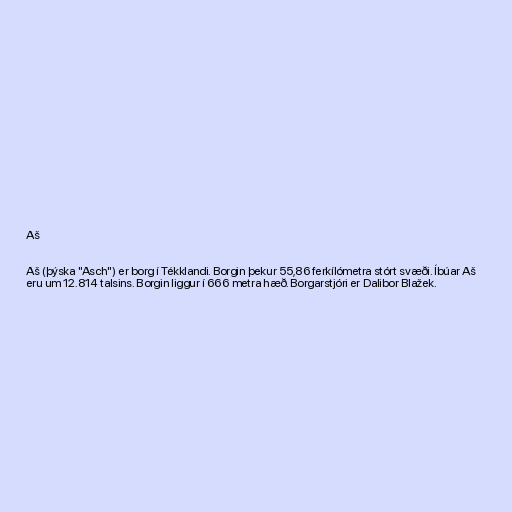
Aš

Aš (þýska "Asch") er borg í Tékklandi. Borgin þekur 55,86 ferkílómetra stórt svæði. Íbúar Aš
eru um 12.814 talsins. Borgin liggur í 666 metra hæð. Borgarstjóri er Dalibor Blažek.